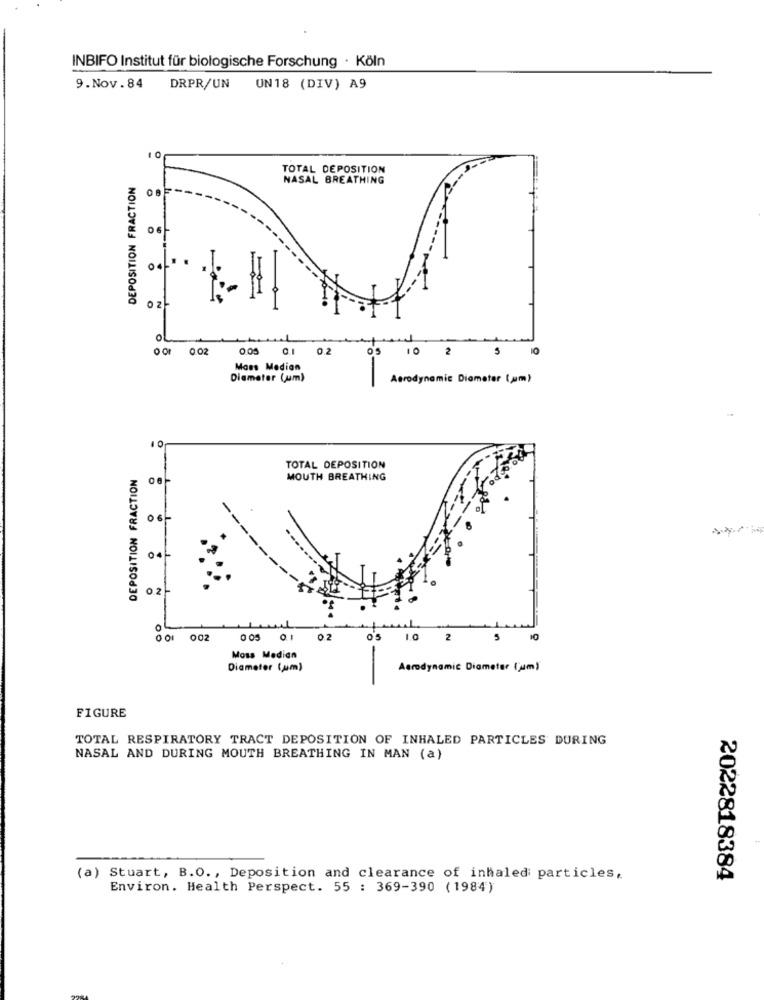
INBIFO Institut für biologische Forschung · Köln
9.Nov.84
DRPR/UN
UN18 (DIV) A9
10
TOTAL DEPOSITION
DEPOSITION FRACTION
NASAL BREATHING
06
0 z
00 002
0.05
0.2
o's
10
2
$ 10
Mass Median
Diameter (um)
Aerodynamic Diameter (am)
10
DEPOSITION FRACTION
TOTAL DEPOSITION
MOUTH BREATHING
06
04
0.2
O
001 002
005 01
0.2
1.0
2
Moss Median
Diameter (um)
Aerodynamic Diameter (um)
-
FIGURE
TOTAL RESPIRATORY TRACT DEPOSITION OF INHALED PARTICLES DURING
NASAL AND DURING MOUTH BREATHING IN MAN (a)
(a) Stuart, B.O ., Deposition and clearance of inhaled: particles,
2022818384
Environ. Health Perspect. 55 : 369-390 (1984)